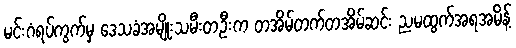
မင်းဂံရပ်ကွက်မှ ဒေသခံအမျိုးသမီးတဦးက တအိမ်တက်တအိမ်ဆင်း ညမထွက်အရအမိန့်